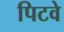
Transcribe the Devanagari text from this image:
पिटवे